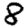
Digit: 8